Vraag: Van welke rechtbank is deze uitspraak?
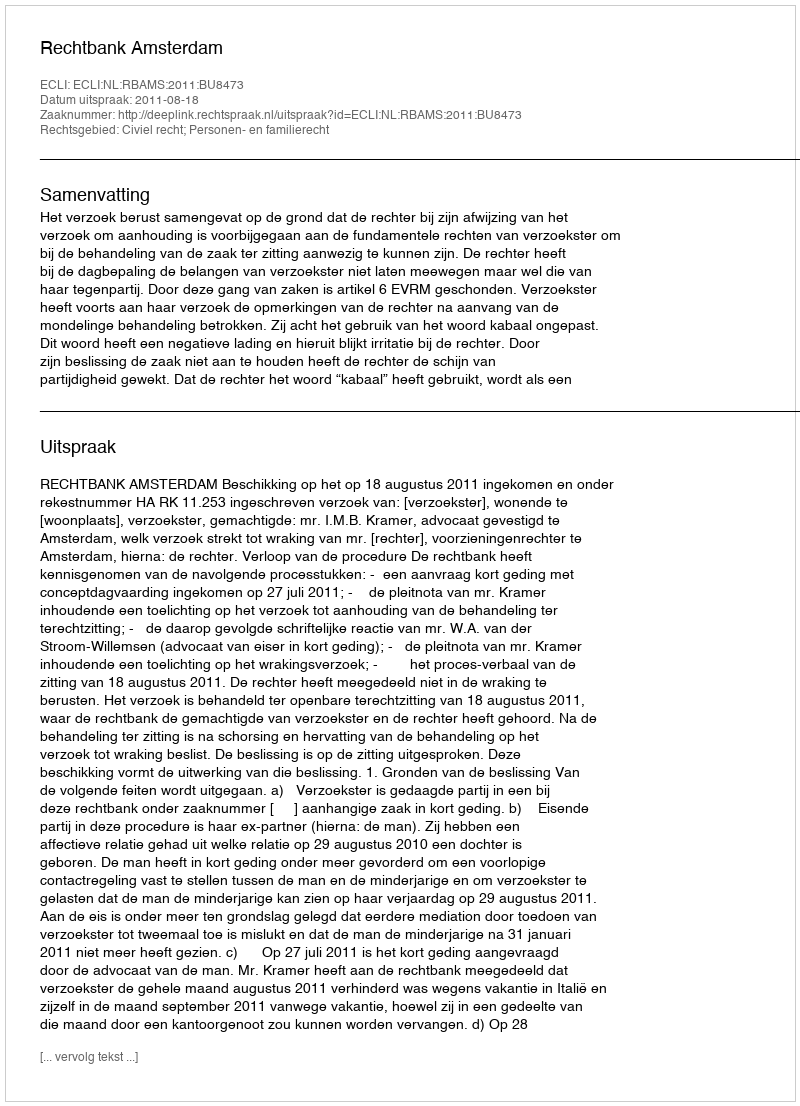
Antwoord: Rechtbank Amsterdam